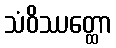
သံဝိဿတ္ထော